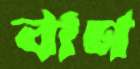
বাণ